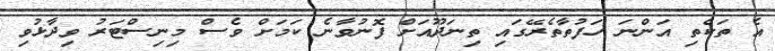
އެ ތަކެތި އަންނަ ހަފުތާތެރޭގައި ތިނަދޫއަށް ފޮނުވާނެ ކަމަށް ވެސް މިނިސްޓަރު ވިދާޅުވި